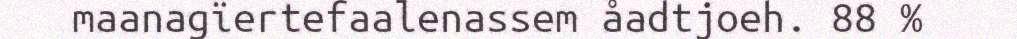
maanagïertefaalenassem åadtjoeh. 88 %